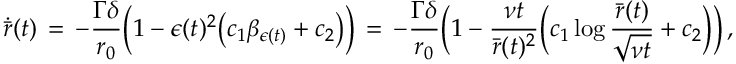
\dot { \bar { r } } ( t ) \, = \, - \frac { \Gamma \delta } { r _ { 0 } } \Bigl ( 1 - \epsilon ( t ) ^ { 2 } \bigl ( c _ { 1 } \beta _ { \epsilon ( t ) } + c _ { 2 } \bigr ) \Bigr ) \, = \, - \frac { \Gamma \delta } { r _ { 0 } } \biggl ( 1 - \frac { \nu t } { { \bar { r } } ( t ) ^ { 2 } } \Bigl ( c _ { 1 } \log \frac { \bar { r } ( t ) } { \sqrt { \nu t } } + c _ { 2 } \Bigr ) \biggr ) \, ,